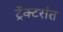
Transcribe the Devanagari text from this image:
ट्रॅक्टरांत